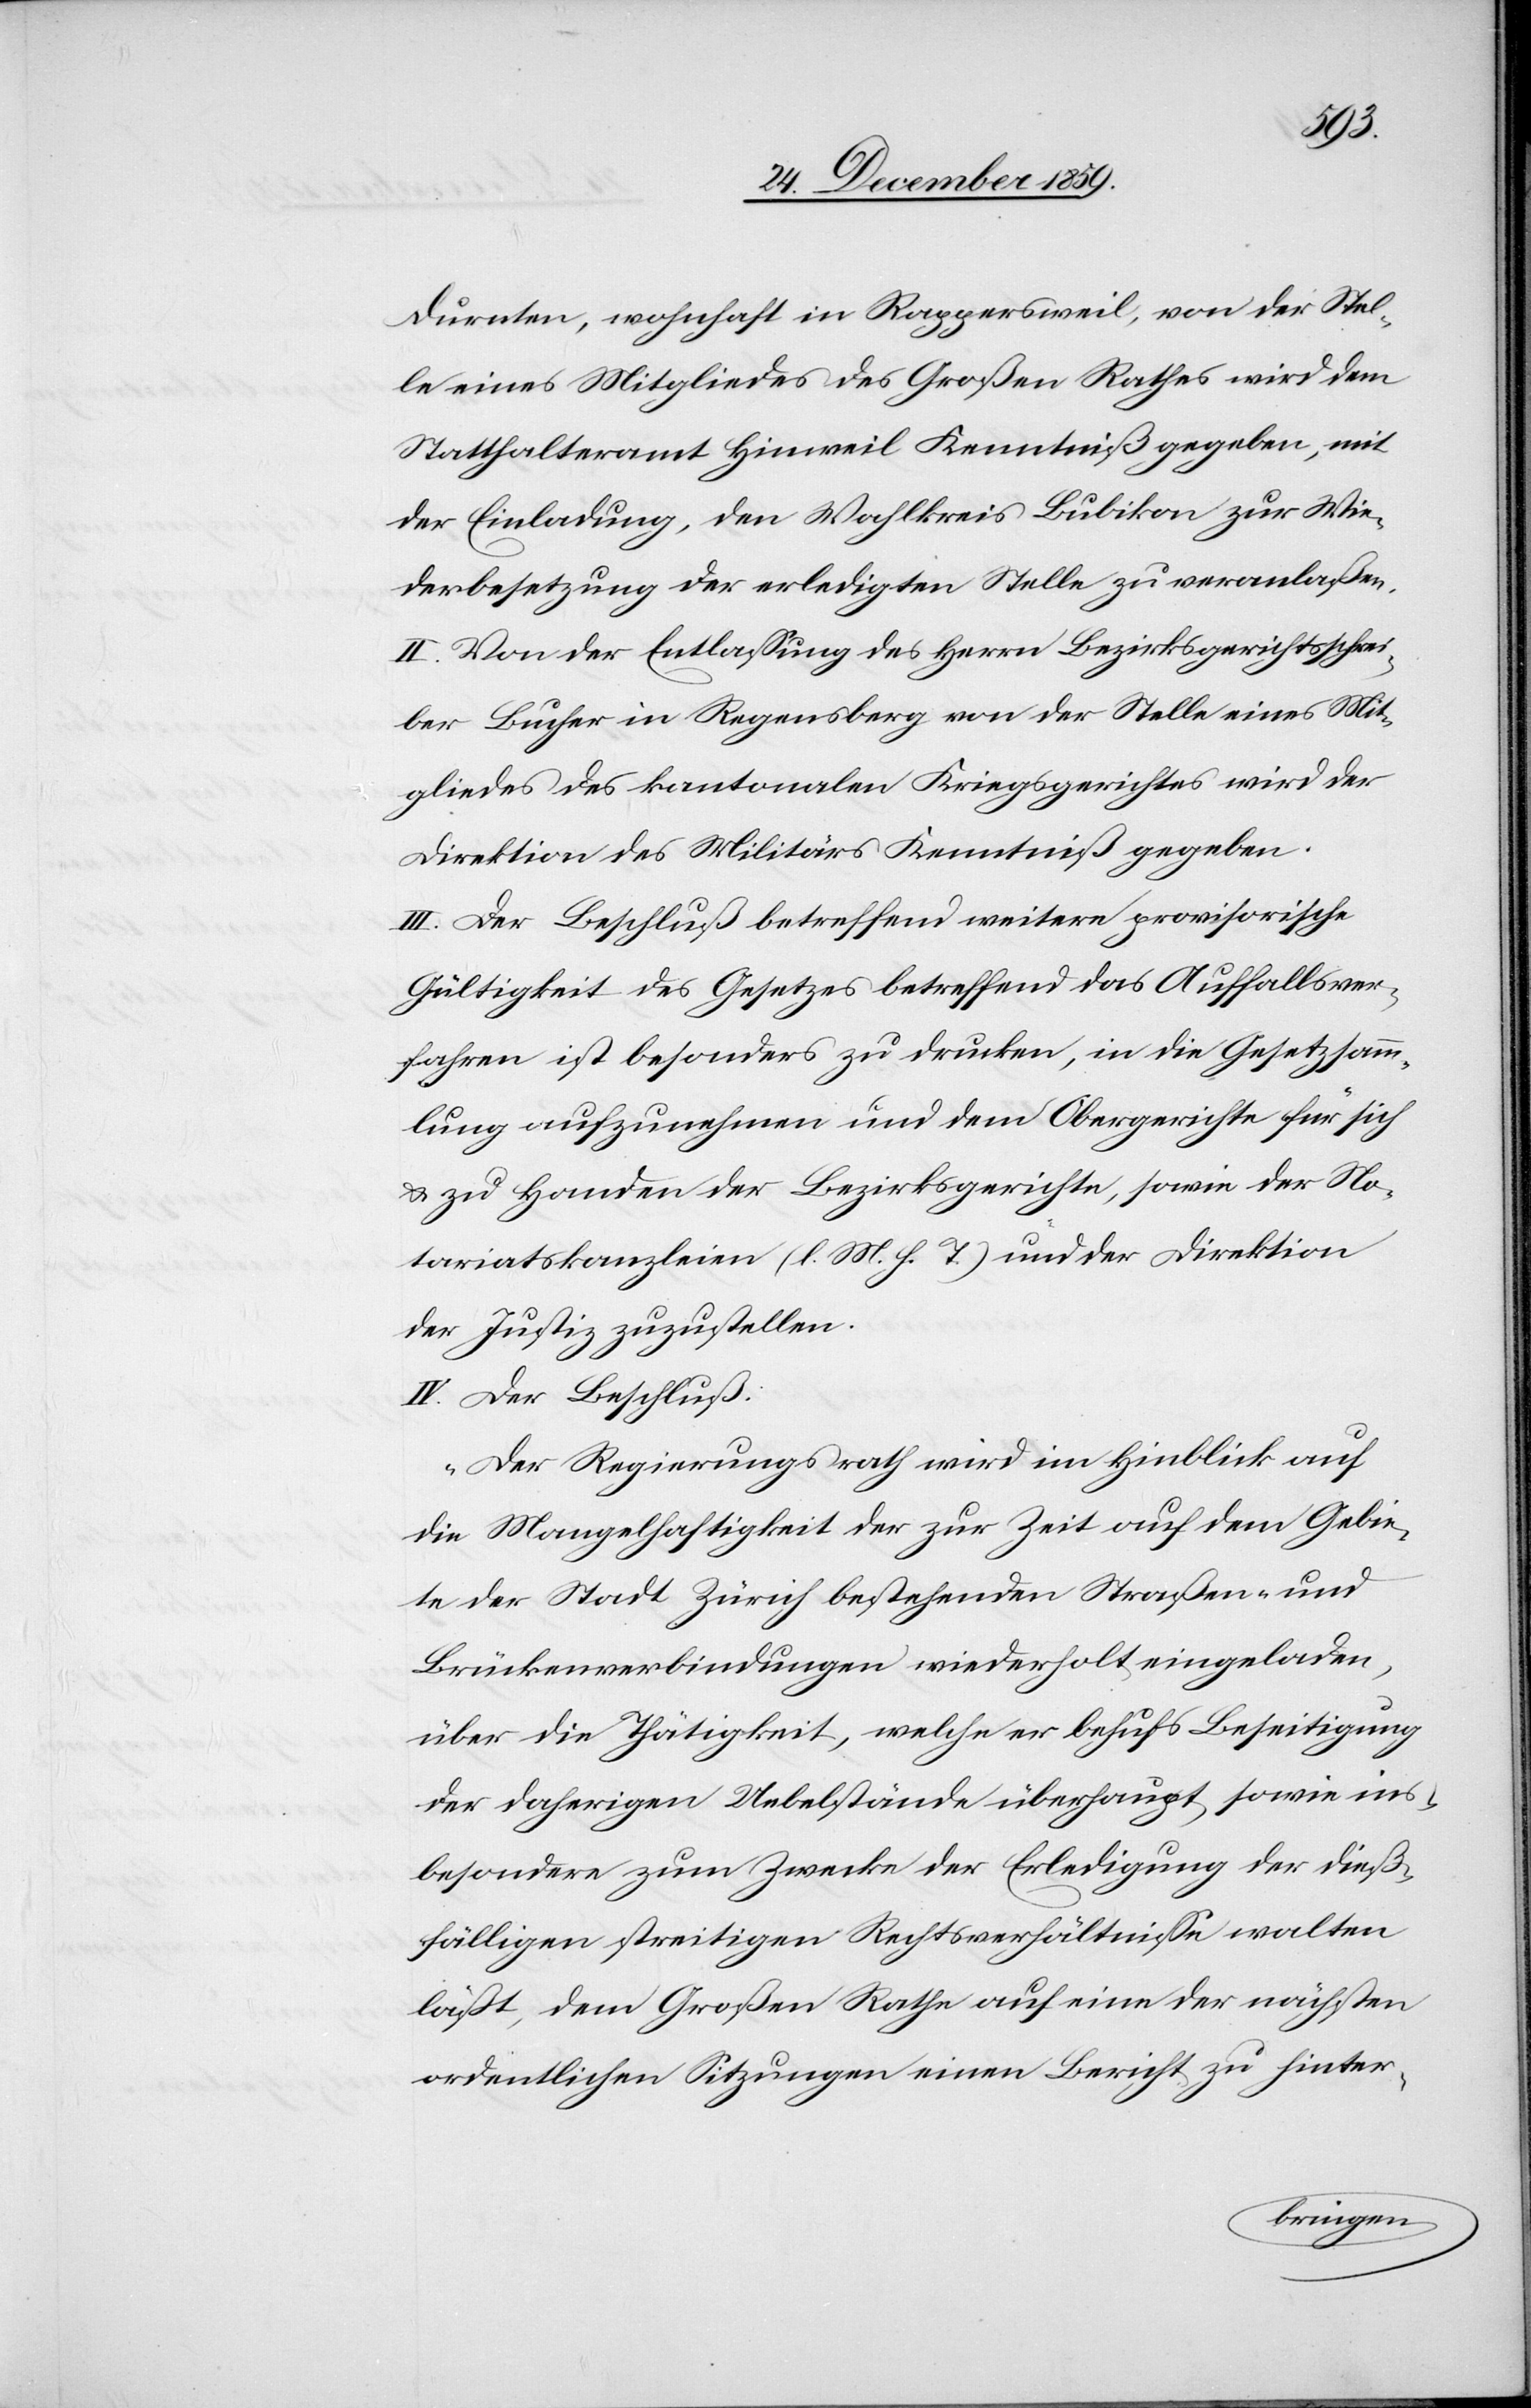
Dürnten, wohnhaft in Rappersweil, von der Stel¬
le eines Mitgliedes des Großen Rathes wird dem
Statthalteramt Hinweil Kenntniß gegeben, mit
der Einladung, den Wahlkreis Bubikon zur Wie¬
derbesetzung der erledigten Stelle zu veranlaßen.
II. Von der Entlassung des Herrn Bezirksgerichtsschrei¬
bers Bucher in Regensberg von der Stelle eines Mit¬
gliedes des kantonalen Kriegsgerichtes wird der
Direktion des Militärs Kenntniß gegeben.
III. Der Beschluß betreffend weitere provisorische
Gültigkeit des Gesetzes betreffend das Auffallsver¬
fahren ist besonders zu drucken, in die Gesetzsamm¬
lung aufzunehmen und dem Obergerichte für sich
& zu Handen der Bezirksgerichte, sowie der No¬
tariatskanzlei (l. M. h. T.) und der Direktion
der Justiz zuzustellen.
IV. Der Beschluß:
„Der Regierungsrath wird im Hinblick auf
die Mangelhaftigkeit der zur Zeit auf dem Gebie¬
te der Stadt Zürich bestehenden Straßen- und
Brückenverbindungen wiederholt eingeladen,
über die Thätigkeit, welche er behufs Beseitigung
der daherigen Uebelstände überhaupt, sowie ins¬
besondere zum Zwecke der Erledigung der dieß¬
fälligen streitigen Rechtsverhältnisse walten
läßt, dem Großen Rathe auf eine der nächsten
ordentlichen Sitzungen einen Bericht zu hinter-